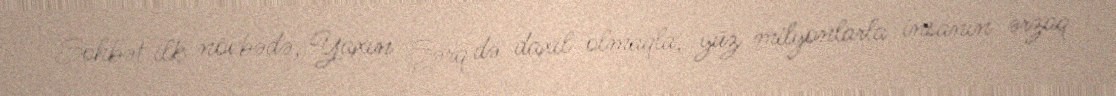
Söhbət ilk növbədə, Yaxın Şərq də daxil olmaqla, yüz milyonlarla insanın ərzaq